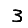
Digit: 3